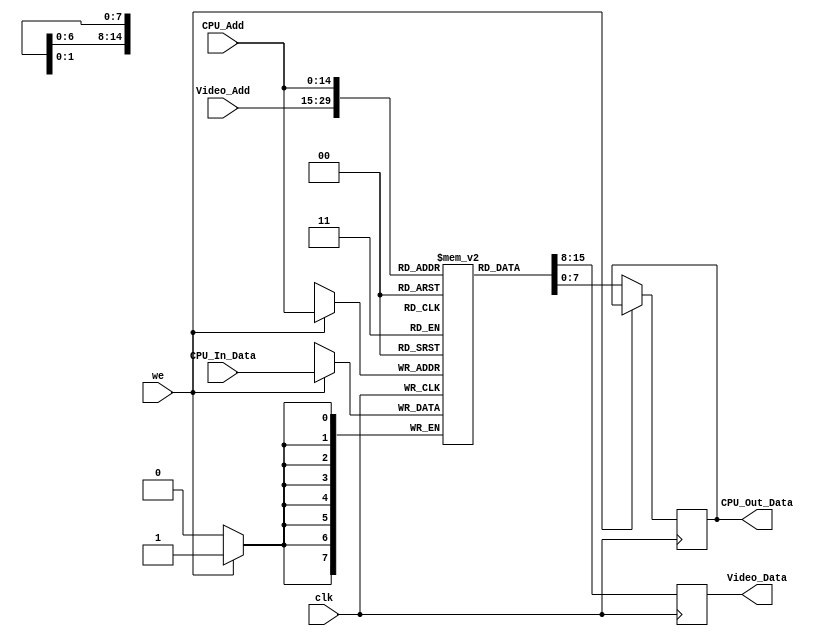
//32KiB of RAM for video chip
//Antonio Snchez
module Video_RAM(
	input [14:0] CPU_Add,
	input [7:0] CPU_In_Data,
	output reg[7:0] CPU_Out_Data,
	input	we,
	input	clk,
	input [14:0] Video_Add,
	output reg [7:0] Video_Data);

reg [7:0] RAM [32767:0];

always @(posedge clk) begin
	Video_Data<=RAM[Video_Add];
	if (we) RAM[CPU_Add]<=CPU_In_Data;
	else	CPU_Out_Data<=RAM[CPU_Add]; end
	
endmodule